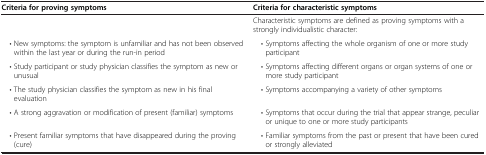
<table><thead><tr><td><b>Criteria for proving symptoms</b></td><td><b>Criteria for characteristic symptoms</b></td></tr></thead><tbody><tr><td>[EMPTY_CELL]</td><td>Characteristic symptoms are defined as proving symptoms with a strongly individualistic character:</td></tr><tr><td> • New symptoms: the symptom is unfamiliar and has not been observed within the last year or during the run-in period</td><td> • Symptoms affecting the whole organism of one or more study participant</td></tr><tr><td> • Study participant or study physician classifies the symptom as new or unusual</td><td> • Symptoms affecting different organs or organ systems of one or more study participant</td></tr><tr><td> • The study physician classifies the symptom as new in his final evaluation</td><td> • Symptoms accompanying a variety of other symptoms</td></tr><tr><td> • A strong aggravation or modification of present (familiar) symptoms</td><td> • Symptoms that occur during the trial that appear strange, peculiar or unique to one or more study participants</td></tr><tr><td> • Present familiar symptoms that have disappeared during the proving (cure)</td><td> • Familiar symptoms from the past or present that have been cured or strongly alleviated</td></tr></tbody></table>